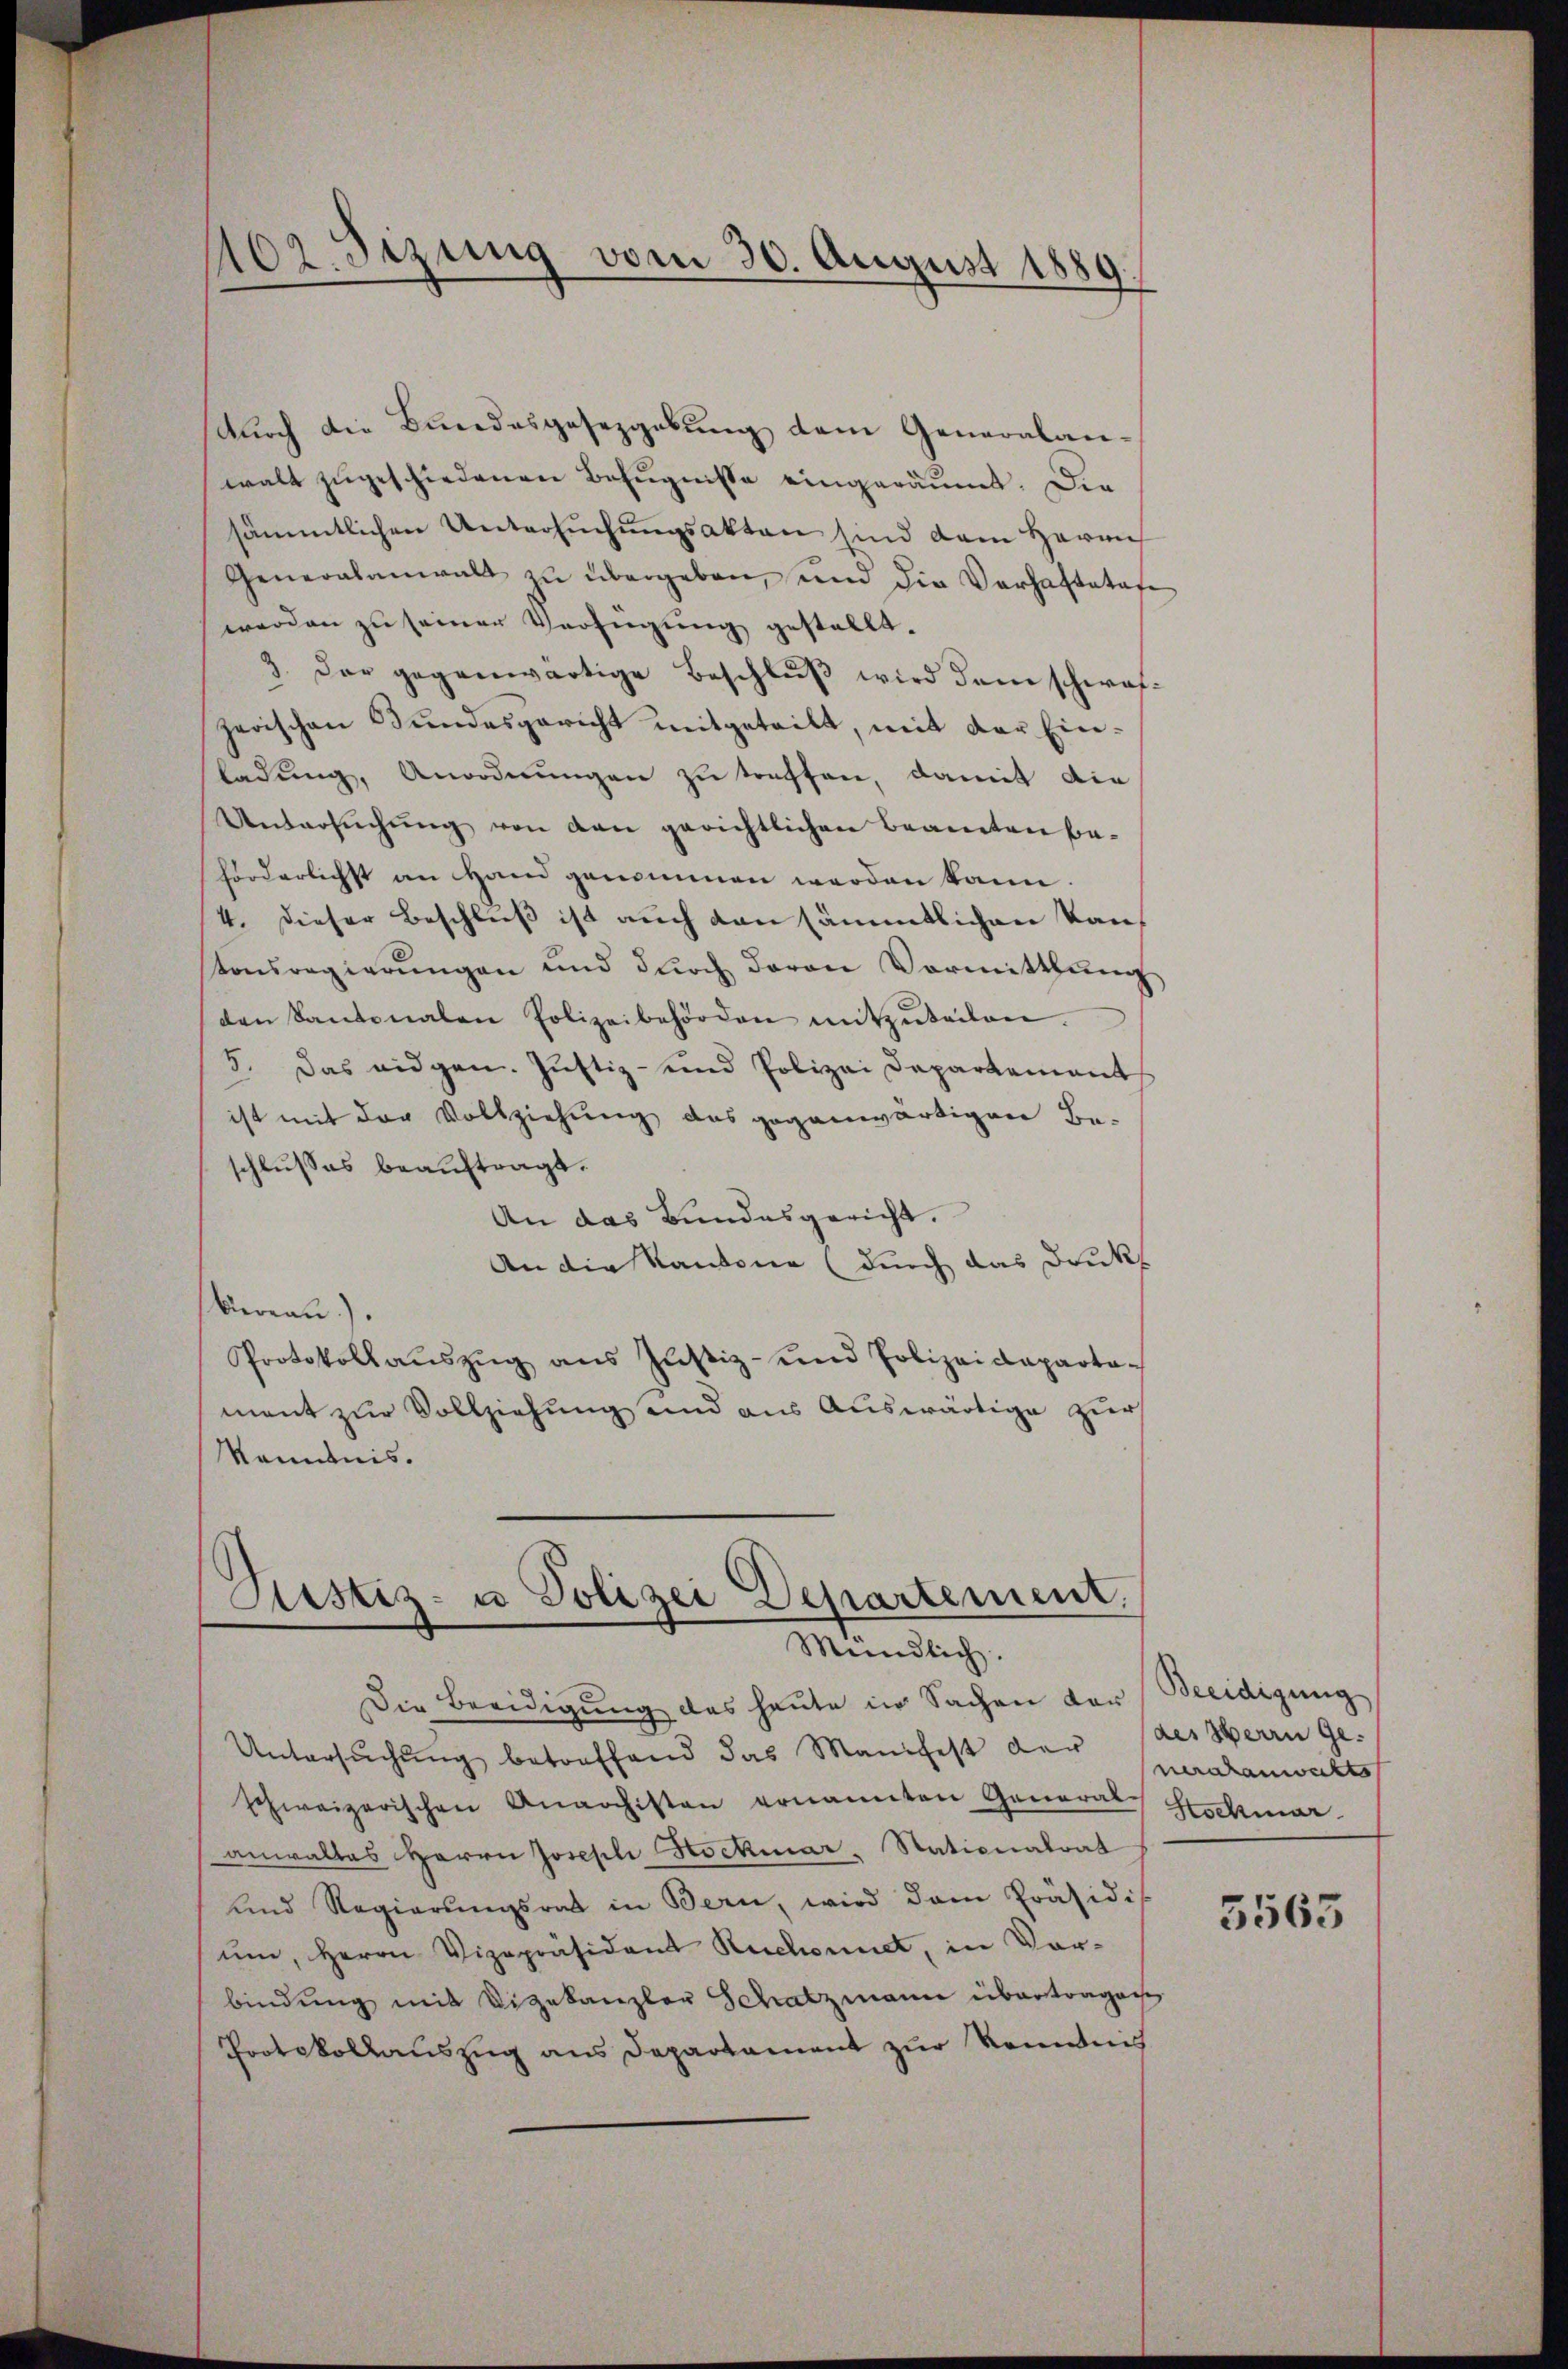
102. Sizung vom 30. August 1889.

durch die Bundesgesezgebung dem Generalanwalt zugeschiedenen Befugnisse eingeräumt. Die
sämmtlichen Untersŭchŭngsakten sind dem Herrn
Generalanwalt zŭ übergeben, und die Verhaftstafe
werden zu seiner Verfügung gestellt.
3. Der gegenwärtige Beschlŭβ wird dem schwaf-
zerischen Bundesgericht mitgeteilt, mit der Einladung, Anordnungen zu treffen, damit die
Untersŭchŭng von den gerichtlichen Beamten be-
förderlichst an Hand genommen werden kann.
4. dieser Beschluß ist auch den sämmtlichen Kanstonsregierŭngen und dŭrch daran Vormitthŭng
den Kantonalen Polizeibehörden mitzŭteilen.
5. Das eidgen. Justiz- und Polizei Departement
ist mit der Vollziehung des gegenwärtigen Be-
schlusses beauftragt.
An das Bundesgericht.
An die Kantone (durch das Druks
biereau.).
Protokollaŭszŭg ans Justiz- und Polizeideparta-
ment zur Vollziehung und aus Auswärtige zur
Kenntnis.

Justiz- u Polizei Departement.
Mündlich.

Die Beeidigung des heute in Sachen der Beeidigung
Untersŭchŭng betreffend das Manifest der des Herrn Ge-
schweizerischen Anarchisten ernannten General Hochmar
anwaltes Herrn Joseph Hochmar. Nationalrat
und Regierŭngsrat in Bern, wird dem Präsidis
ŭm, Herrn Vizepräsident Ruchonnet, in Vor-
bindung mit Digekanzler Schatzmann übertragen
Protokollauszug aus Departament zur Kenntnis

verahanwichts

5563